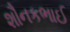
શૌનકભાઈ